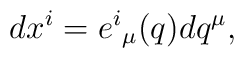
dx^i=e^i{}_ \mu (q)dq^ \mu ,